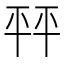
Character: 𰏦